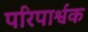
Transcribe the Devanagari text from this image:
परिपार्श्वक